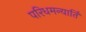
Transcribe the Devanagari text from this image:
परिधमन्यार्ति